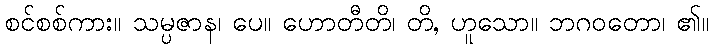
စင်စစ်ကား။ သမ္ပဇာန၊ ပေ။ ဟောတီတိ၊ တိ, ဟူသော။ ဘဂဝတော၊ ၏။